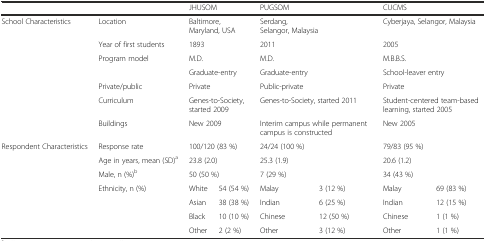
<table><thead><tr><td></td><td></td><td colspan="2"><b>JHUSOM</b></td><td colspan="2"><b>PUGSOM</b></td><td colspan="2"><b>CUCMS</b></td></tr></thead><tbody><tr><td>School Characteristics</td><td>Location</td><td colspan="2">Baltimore, Maryland, USA</td><td colspan="2">Serdang, Selangor, Malaysia</td><td colspan="2">Cyberjaya, Selangor, Malaysia</td></tr><tr><td></td><td>Year of first students</td><td>1893</td><td></td><td>2011</td><td></td><td colspan="2">2005</td></tr><tr><td></td><td>Program model</td><td colspan="2">M.D.</td><td colspan="2">M.D.</td><td colspan="2">M.B.B.S.</td></tr><tr><td></td><td></td><td colspan="2">Graduate-entry</td><td colspan="2">Graduate-entry</td><td colspan="2">School-leaver entry</td></tr><tr><td></td><td>Private/public</td><td colspan="2">Private</td><td colspan="2">Public-private</td><td colspan="2">Private</td></tr><tr><td></td><td>Curriculum</td><td colspan="2">Genes-to-Society, started 2009</td><td colspan="2">Genes-to-Society, started 2011</td><td colspan="2">Student-centered team-based learning, started 2005</td></tr><tr><td></td><td>Buildings</td><td colspan="2">New 2009</td><td colspan="2">Interim campus while permanent campus is constructed</td><td colspan="2">New 2005</td></tr><tr><td>Respondent Characteristics</td><td>Response rate</td><td colspan="2">100/120 (83 %)</td><td colspan="2">24/24 (100 %)</td><td colspan="2">79/83 (95 %)</td></tr><tr><td></td><td>Age in years, mean (SD)<sup>a</sup></td><td colspan="2">23.8 (2.0)</td><td colspan="2">25.3 (1.9)</td><td colspan="2">20.6 (1.2)</td></tr><tr><td></td><td>Male, n (%)<sup>b</sup></td><td colspan="2">50 (50 %)</td><td colspan="2">7 (29 %)</td><td colspan="2">34 (43 %)</td></tr><tr><td></td><td>Ethnicity, n (%)</td><td>White</td><td>54 (54 %)</td><td>Malay</td><td>3 (12 %)</td><td>Malay</td><td>69 (83 %)</td></tr><tr><td></td><td></td><td>Asian</td><td>38 (38 %)</td><td>Indian</td><td>6 (25 %)</td><td>Indian</td><td>12 (15 %)</td></tr><tr><td></td><td></td><td>Black</td><td>10 (10 %)</td><td>Chinese</td><td>12 (50 %)</td><td>Chinese</td><td>1 (1 %)</td></tr><tr><td></td><td></td><td>Other</td><td>2 (2 %)</td><td>Other</td><td>3 (12 %)</td><td>Other</td><td>1 (1 %)</td></tr></tbody></table>